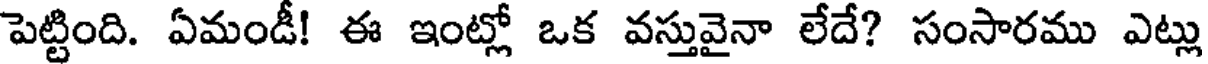
పెట్టింది. ఏమండీ! ఈ ఇంట్లో ఒక వస్తువైనా లేదే? సంసారము ఎట్లు